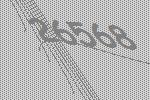
26568